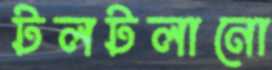
টলটলানো